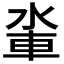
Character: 𨋉